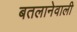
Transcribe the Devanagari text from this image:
बतलानेवाली